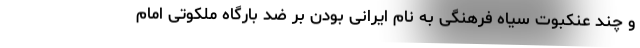
و چند عنکبوت سیاه فرهنگی به نام ایرانی بودن بر ضد بارگاه ملکوتی امام